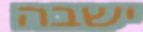
ישבה